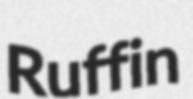
Ruffin